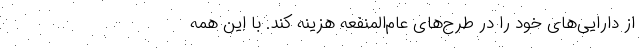
از دارایی‌های خود را در طرح‌های عام‌المنفعه هزینه کند. با این همه